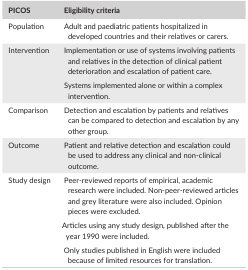
<table><thead><tr><td><b>PICOS</b></td><td><b>Eligibility criteria</b></td></tr></thead><tbody><tr><td>Population</td><td>Adult and paediatric patients hospitalized in developed countries and their relatives or carers.</td></tr><tr><td rowspan="2">Intervention</td><td>Implementation or use of systems involving patients and relatives in the detection of clinical patient deterioration and escalation of patient care.</td></tr><tr><td>Systems implemented alone or within a complex intervention.</td></tr><tr><td>Comparison</td><td>Detection and escalation by patients and relatives can be compared to detection and escalation by any other group.</td></tr><tr><td>Outcome</td><td>Patient and relative detection and escalation could be used to address any clinical and non‐clinical outcome.</td></tr><tr><td rowspan="3">Study design</td><td>Peer‐reviewed reports of empirical, academic research were included. Non‐peer‐reviewed articles and grey literature were also included. Opinion pieces were excluded.</td></tr><tr><td>Articles using any study design, published after the year 1990 were included.</td></tr><tr><td>Only studies published in English were included because of limited resources for translation.</td></tr></tbody></table>